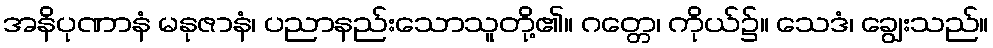
အနိပုဏာနံ မနုဇာနံ၊ ပညာနည်းသောသူတို့၏။ ဂတ္တေ၊ ကိုယ်၌။ သေဒံ၊ ချွေးသည်။